Leningradi_Edasi_toimetus, lk 52
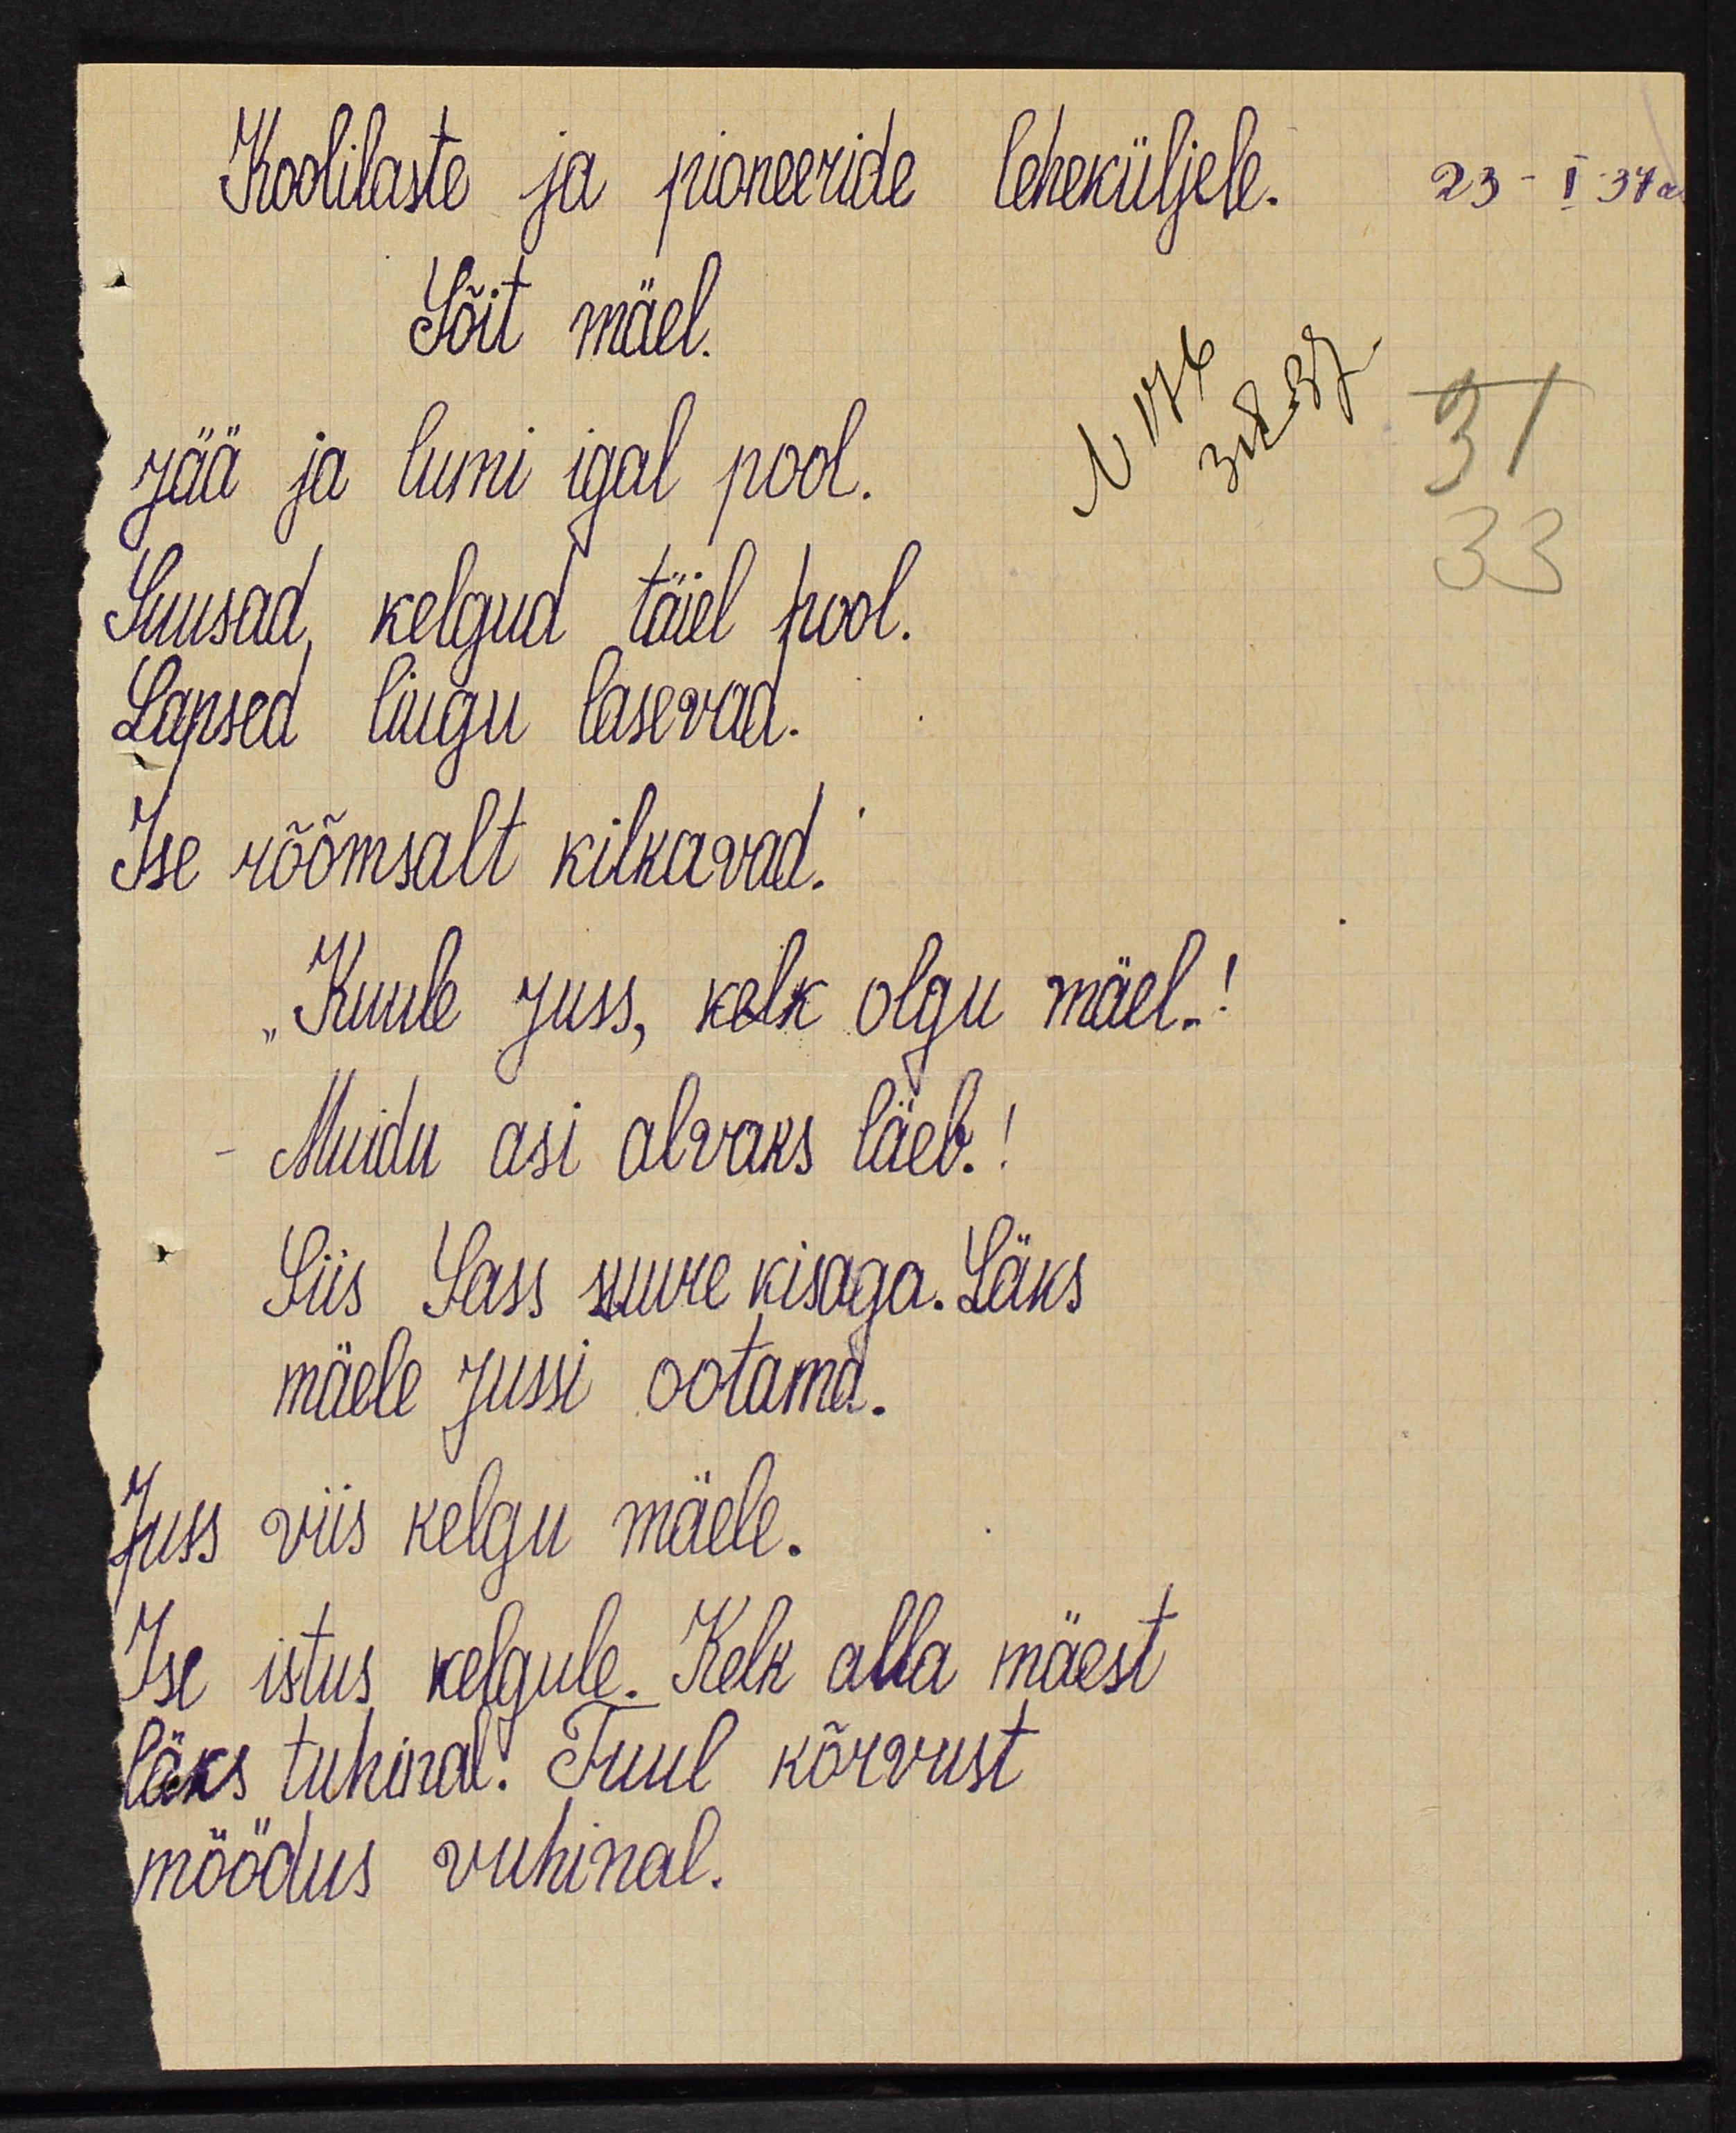
Koolilaste ja pioneeride leheküljele.
Sõit mäel.
Jää ja lumi igal pool.
Suusad kelgud täiel hool.
Lapsed  liugu  liugu  lasevad.
Ise rõõmsalt kilkavad.
Kuule  Juss, kelk olgu mäel!
Muidu asi alvaks läev!
Siis Sass suure kisaga. Läks
mäele Jussi  ootama.
Juss viis kelgu mäele.
Ise istus kelgule. Kelk alla mäest
läks tuhinal! Tuul kõrvust
möödus vuhinal.